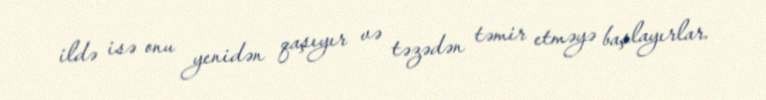
ildə isə onu yenidən qaşıyır və təzədən təmir etməyə başlayırlar.